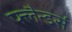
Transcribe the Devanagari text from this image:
फ्लैन्डर्स